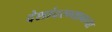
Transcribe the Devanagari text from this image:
देशांदरम्यानच्या